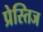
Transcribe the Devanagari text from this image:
प्रेस्तिज